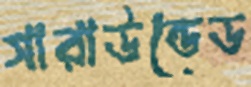
সারাউন্ডেড